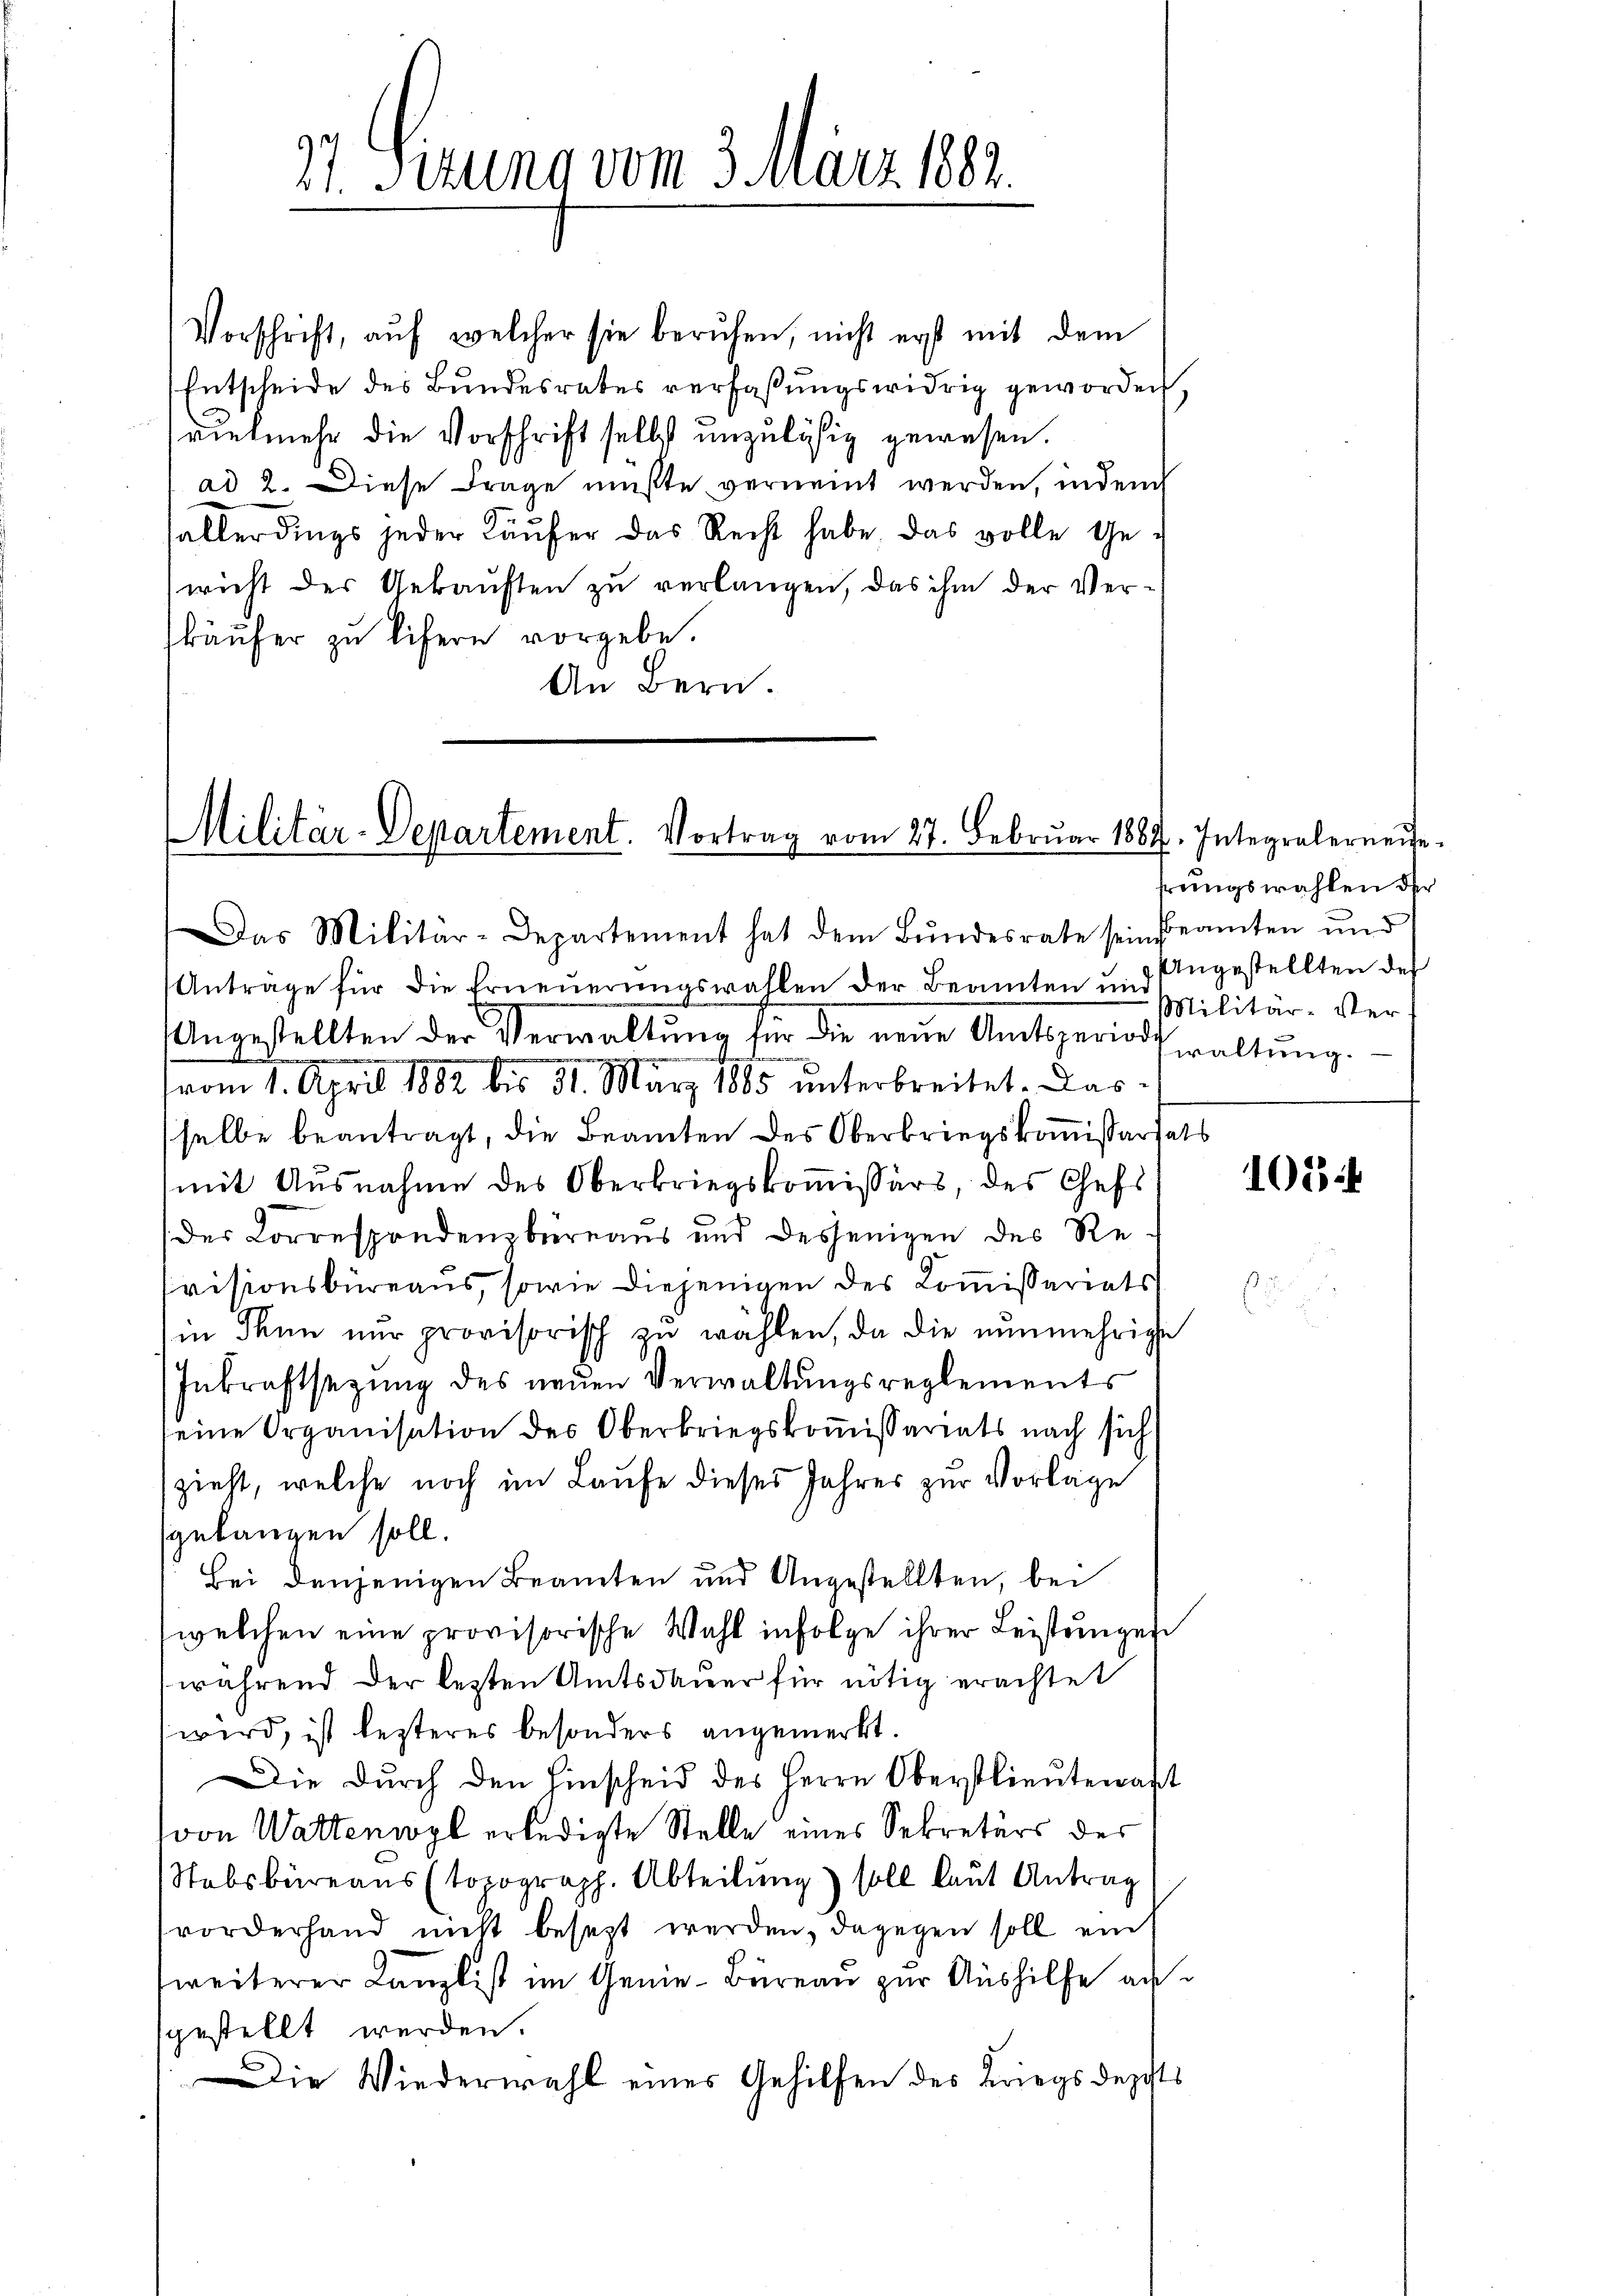
Vorschrift, aŭf welcher sie beruhen, nicht erst mit dem
Entscheide des Bundesrates verfaßungswidrig geworden.
vielmehr die Vorschrift selbst unzuläßig gewesen.
ad 2. Diese Frage mußte verneint werden, inden
fallerdings jeder Käŭfer das Recht habe, das volle Ge-
wicht der Gekauften zu verlangen, das ihm der Verkäufer zu lifern vorgebe.
An Bern.

37. Sizung vom 3. März 1882.

Militär-Departement. Vortrag vom 27. Februar 1887. Integralerneide
Das Militär-Departement hat dem Bŭndesrate sein Beamten und

Anträge für die Erneuerungswahlen der Beamten und
Angestellten der Verwaltung für die neue Amtsgerinde
.
vom 1. April 1882 bis 31. März 1885 unterbreitet. Dassselbe beantragt, die Beamten des Oberbriegskoṁissariats
mit Ausnahme des Oberkriegskommissärs, des Chefs
(der Correspondenzbüreaus und desjenigen des Reivisionsbüreaus, sowie diejenigen des Commissariats
in Thun nur provisorisch zu wählen, da die nunmehrige
Inkraftsezung des neuen Verwaltungsreglements
seine Organisation des Oberkriegskoṁissariats nach sich
zieht, welche noch im Laufe dieses Jahres zur Vorlage
gelangen soll.
Bei denjenigen Beamten und Angestellten, bei
welchen eine provisorische Wahl infolge ihrer Leistungen
während der lezten Amtsdauer für nötig erachtet
wird, ist lezteres besonders angemerkt.
Die durch den Hinscheid des Herrn Oberstlieutenast
von Wattenwyl erledigte Stelle eines Sekretärs des
absbureaus (topograph. Abteilung) soll laut Antrag
vorderhand nicht besezt werden, dagegen soll ein
weiterer Kanzlist im Genie-Büreau zur Aushilfe au
sgestellt werden.
Die Wiederwahl eines Gehilfen des Kriegsdepts

rungswahlen der
Angestellten des
Militär-Ver
waltung.

105